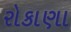
રોકાણા